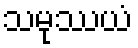
သမုဿယံ